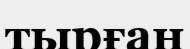
тырған